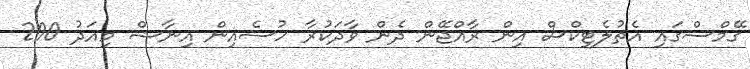
ގޭމްސްގައި އެތުލެޓިކްސް އިން ރާއްޖޭން ދެން ވާދަކުރާ ހުސެއިން އިނާޝް މިއަދު 200